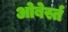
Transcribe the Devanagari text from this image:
ओबेर्स्त